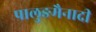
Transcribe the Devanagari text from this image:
पालुङमैनादी